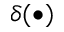
\delta ( \bullet )